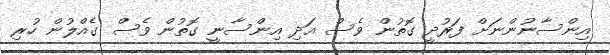
އިންސާނުންނަށް ފަރުދީ ގޮތުން ވެސް އަދި އިންސާނީ ގޮތުން ވެސް ގެއްލުން ހުރި